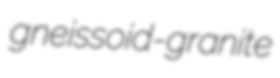
gneissoid-granite